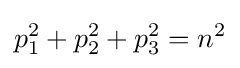
p_{1}^{2}+p_{2}^{2}+p_{3}^{2}=n^{2}